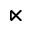
\ltimes